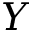
Y